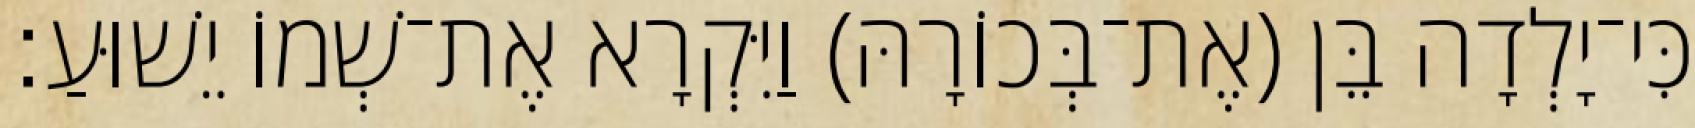
כִּי־יָלְדָה בֵּן (אֶת־בְּכוֹרָהּ) וַיִּקְרָא אֶת־שְׁמוֹ יֵשׁוּעַ׃